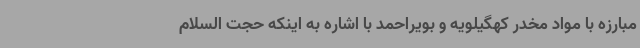
مبارزه با مواد مخدر کهگیلویه و بویراحمد با اشاره به اینکه حجت السلام